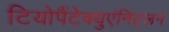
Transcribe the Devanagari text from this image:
टियोपैंटेक्युएंनिट्लन